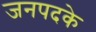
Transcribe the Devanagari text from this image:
जनपदके